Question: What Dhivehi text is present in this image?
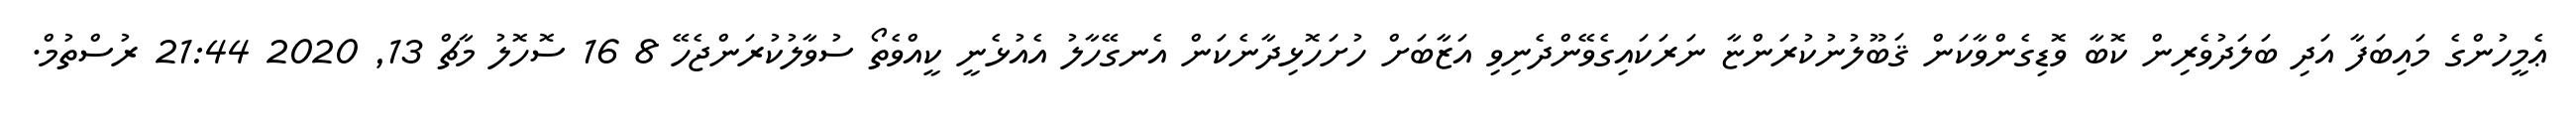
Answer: ޢެމީހުންގެ މައިބަފާ އަދި ބަލަދުވެރިން ކޮބާ ވޮޑިގެންވާކަން ޤަބޫލުނުކުރަންޏާ ނަރަކައިގެވޭންދެނިވި އަޒާބަށް ހުށަހޮޅިދާނެކަން އެނގޭހާލު އެއުޅެނީ ކީއްވެތޯ ސުވާލުކުރަންޖެހޭ 8 16 ސޮހޮލު މާޗް 13, 2020 21:44 ރުސްތުމް.